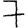
Digit: 7